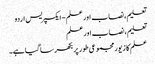
تعلیم، نصاب اور علم - ایکسپریس اردو
تعلیم، نصاب اور علم
علم کا زیور مجموعی طور پر بکھرسا گیا ہے۔